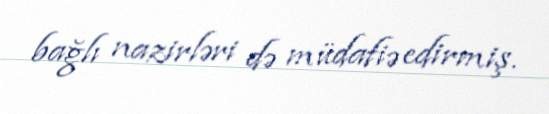
bağlı nazirləri də müdafiə edirmiş.